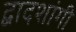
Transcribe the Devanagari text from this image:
द्वादशांगी